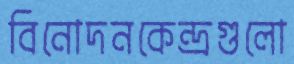
বিনোদনকেন্দ্রগুলো